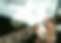
শ